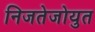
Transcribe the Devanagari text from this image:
निजतेजोयुत